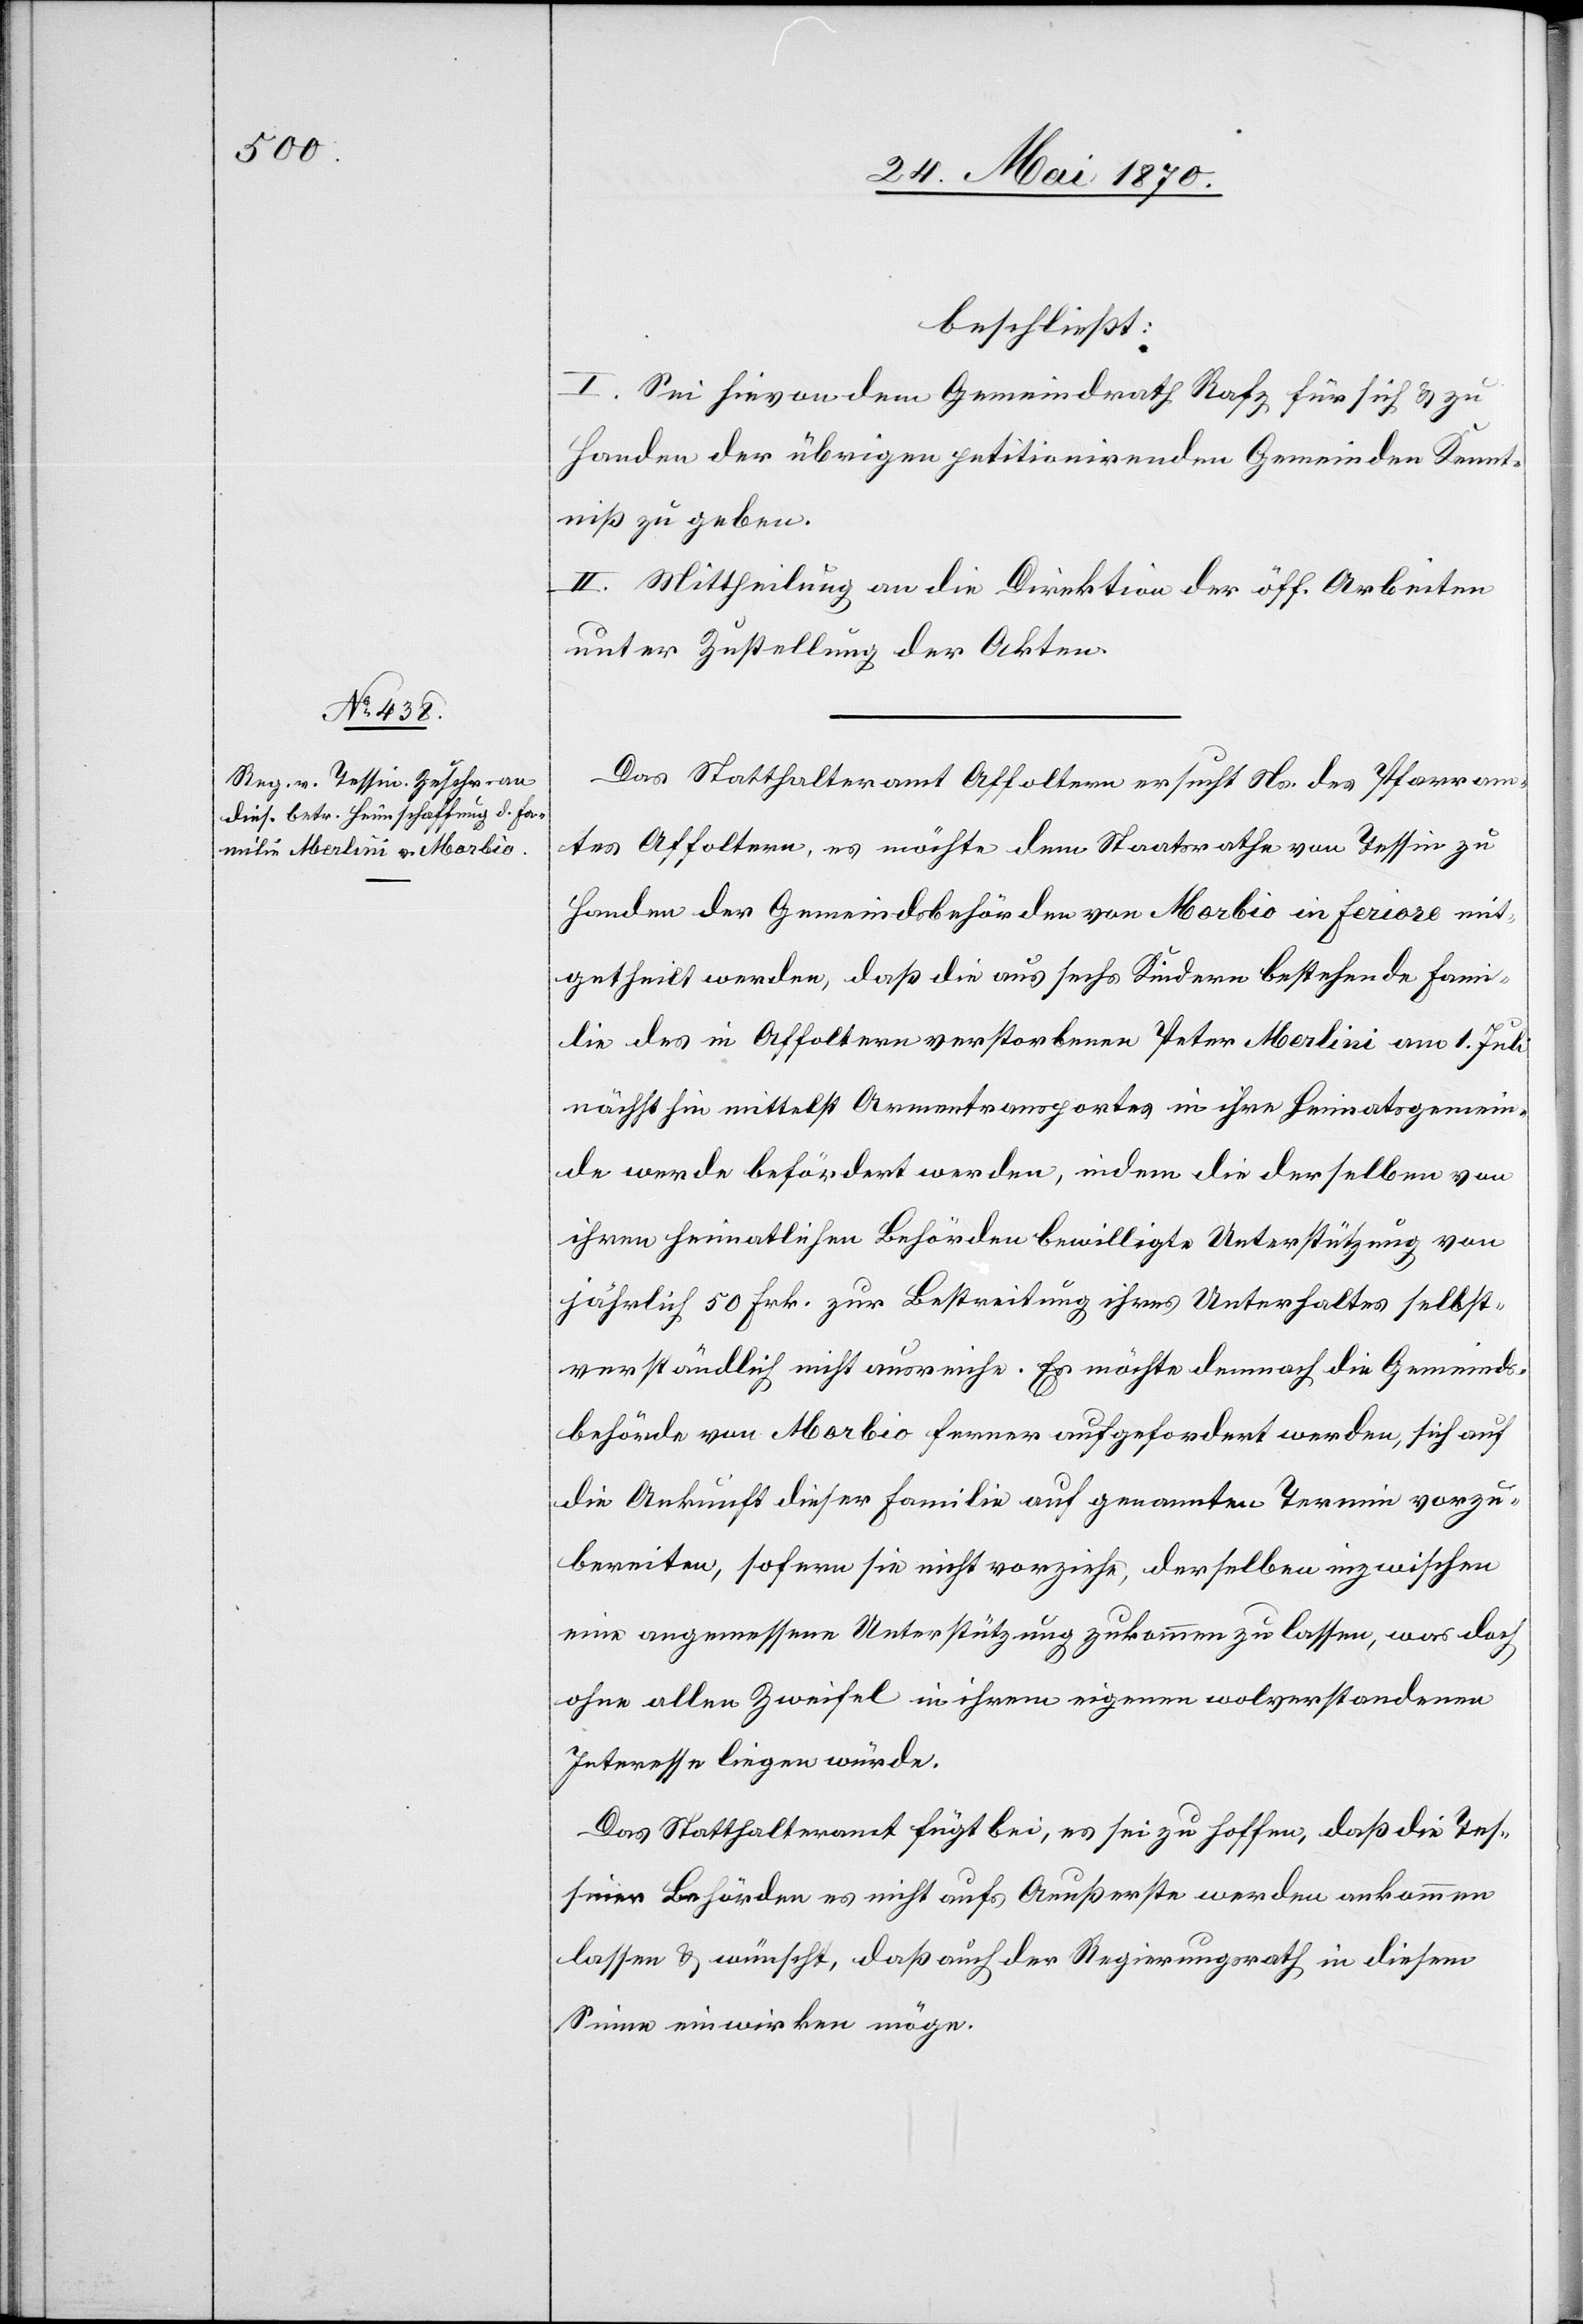
beschließt:
I. Sei hievon dem Gemeindrath Rafz für sich & zu
Handen der übrigen petitionirenden Gemeinden Kennt¬
niß zu geben.
II. Mittheilung an die Direktion der öff. Arbeiten
unter Zustellung der Akten.
Das Statthalteramt Affoltern ersucht Ns. des Pfarram¬
tes Affoltern, es möchte dem Staatsrathe von Tessin zu
Handen der Gemeindsbehörden von Morbio inferiore mit¬
getheilt werden, daß die aus sechs Kindern bestehende Fami¬
lie des in Affoltern verstorbenen Peter Merlini am 1. Juli
nächsthin mittelst Armentransportes in ihre Heimatsgemein¬
de werde befördert werden, indem die derselben von
ihren heimatlichen Behörden bewilligte Unterstützung von
jährlich 50 Frk. zur Bestreitung ihres Unterhaltes selbst¬
verständlich nicht ausreiche. Es möchte demnach die Gemeinds¬
behörde von Morbio ferner aufgefordert werden, sich auf
die Ankunft dieser Familie auf genannten Termin vorzu¬
bereiten, sofern sie nicht vorziehe, derselben inzwischen
eine angemessene Unterstützung zukommen zu lassen, was doch
ohne allen Zweifel in ihrem eigenen wolverstandenen
Interesse liegen würde.
Das Statthalteramt fügt bei, es sei zu hoffen, daß die Tes¬
siner Behörden es nicht aufs Aeußerste werden ankommen
lassen & wünscht, daß auch der Regierungsrath in diesem
Sinne einwirken möge.